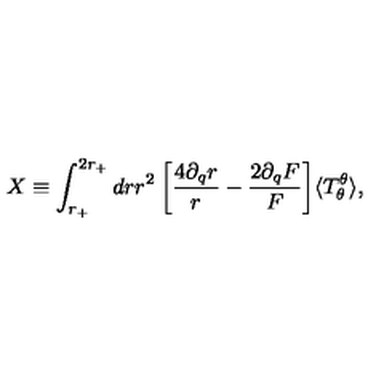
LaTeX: X \equiv \int _ { r _ { + } } ^ { 2 r _ { + } } d r r ^ { 2 } \: \biggl [ \frac { 4 \partial _ { q } r } { r } - \frac { 2 \partial _ { q } F } { F } \biggr ] \langle T _ { \theta } ^ { \theta } \rangle ,